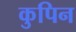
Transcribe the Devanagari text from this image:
कुपिन